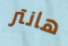
هانتر